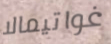
غواتيمالا